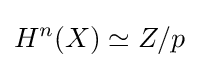
H^{n}(X)\simeq Z/p